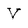
Character: v